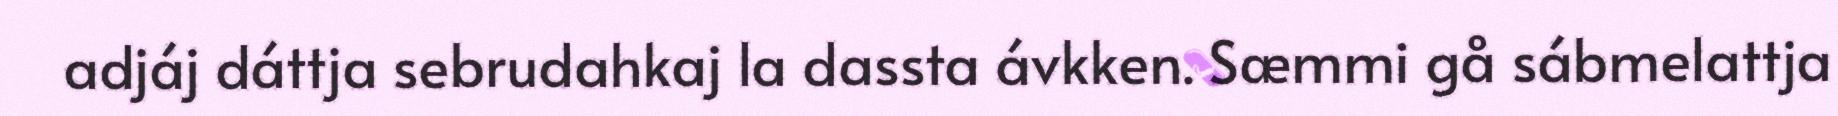
adjáj dáttja sebrudahkaj la dassta ávkken. Sæmmi gå sábmelattja